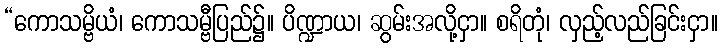
“ကောသမ္ဗိယံ၊ ကောသမ္ဗီပြည်၌။ ပိဏ္ဍာယ၊ ဆွမ်းအလို့ငှာ။ စရိတုံ၊ လှည့်လည်ခြင်းငှာ။